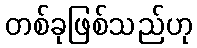
တစ်ခုဖြစ်သည်ဟု